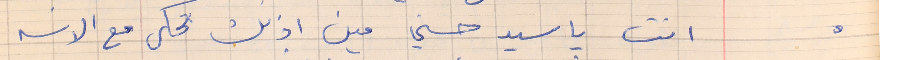
„          انت ياسيد حسني مين اذنك تحكى مع الانسه